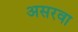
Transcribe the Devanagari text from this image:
असरवा